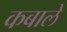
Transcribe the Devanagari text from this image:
कबाले